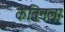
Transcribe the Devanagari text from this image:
केबिनला